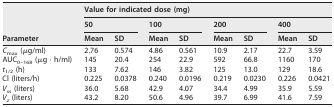
<table><thead><tr><td rowspan="3"><b>Parameter</b></td><td colspan="8"><b>Value for indicated dose (mg)</b></td></tr><tr><td colspan="2"><b>50</b></td><td colspan="2"><b>100</b></td><td colspan="2"><b>200</b></td><td colspan="2"><b>400</b></td></tr><tr><td><b>Mean</b></td><td><b>SD</b></td><td><b>Mean</b></td><td><b>SD</b></td><td><b>Mean</b></td><td><b>SD</b></td><td><b>Mean</b></td><td><b>SD</b></td></tr></thead><tbody><tr><td><i>C</i><sub>max</sub> (μg/ml)</td><td>2.76</td><td>0.574</td><td>4.86</td><td>0.561</td><td>10.9</td><td>2.17</td><td>22.7</td><td>3.59</td></tr><tr><td>AUC<sub>0–168</sub> (μg · h/ml)</td><td>145</td><td>20.4</td><td>254</td><td>22.9</td><td>592</td><td>66.8</td><td>1160</td><td>170</td></tr><tr><td><i>t</i><sub>1/2</sub> (h)</td><td>133</td><td>7.62</td><td>146</td><td>3.82</td><td>125</td><td>13.0</td><td>129</td><td>18.6</td></tr><tr><td>Cl (liters/h)</td><td>0.225</td><td>0.0378</td><td>0.240</td><td>0.0196</td><td>0.219</td><td>0.0230</td><td>0.226</td><td>0.0421</td></tr><tr><td><i>V</i><sub>ss</sub> (liters)</td><td>36.0</td><td>5.68</td><td>42.9</td><td>4.07</td><td>34.4</td><td>4.99</td><td>35.9</td><td>5.59</td></tr><tr><td><i>V<sub>z</sub></i> (liters)</td><td>43.2</td><td>8.20</td><td>50.6</td><td>4.96</td><td>39.7</td><td>6.99</td><td>41.6</td><td>7.59</td></tr></tbody></table>